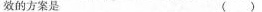
效的方案是 ()